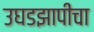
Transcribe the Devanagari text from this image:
उघडझापीचा